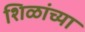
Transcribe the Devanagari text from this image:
शिळांच्या